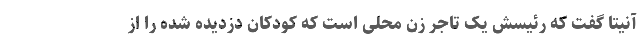
آنیتا گفت که رئیسش یک تاجر زن محلی است که کودکان دزدیده شده را از